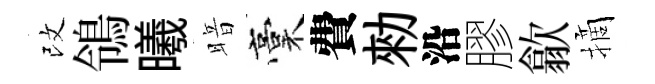
改鴒曦暗稾費勑沿膠歙摘